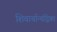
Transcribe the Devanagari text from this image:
शिवार्चान्चंद्रिका